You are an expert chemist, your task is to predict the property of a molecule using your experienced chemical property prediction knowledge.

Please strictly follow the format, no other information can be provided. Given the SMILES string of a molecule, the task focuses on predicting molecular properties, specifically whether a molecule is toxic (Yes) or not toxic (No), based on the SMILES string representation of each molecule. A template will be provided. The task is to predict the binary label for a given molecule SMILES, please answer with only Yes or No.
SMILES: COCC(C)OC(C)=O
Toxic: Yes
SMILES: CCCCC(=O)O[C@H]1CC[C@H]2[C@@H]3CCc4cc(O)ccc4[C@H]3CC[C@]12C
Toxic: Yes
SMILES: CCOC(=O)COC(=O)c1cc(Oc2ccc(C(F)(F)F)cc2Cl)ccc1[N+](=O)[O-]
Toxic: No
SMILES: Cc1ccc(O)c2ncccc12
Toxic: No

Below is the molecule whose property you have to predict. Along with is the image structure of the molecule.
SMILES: CC1(C)[C@@H](OC(=O)CCC(=O)[O-])CC[C@@]2(C)[C@H]1CC[C@]1(C)[C@@H]2C(=O)C=C2[C@@H]3C[C@@](C)(C(=O)[O-])CC[C@]3(C)CC[C@]21C
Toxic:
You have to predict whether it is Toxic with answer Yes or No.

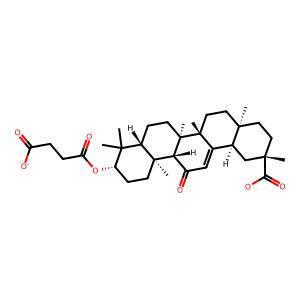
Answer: No